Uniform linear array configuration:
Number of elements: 32
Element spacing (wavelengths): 0.75
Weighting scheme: blackman
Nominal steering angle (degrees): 0
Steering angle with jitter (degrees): -1.333
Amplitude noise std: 0.05
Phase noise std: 0.05

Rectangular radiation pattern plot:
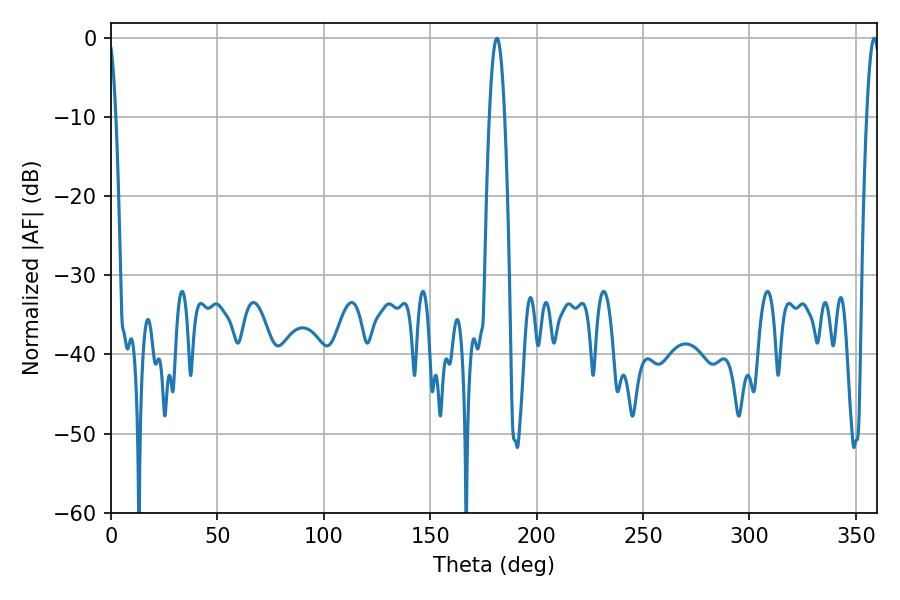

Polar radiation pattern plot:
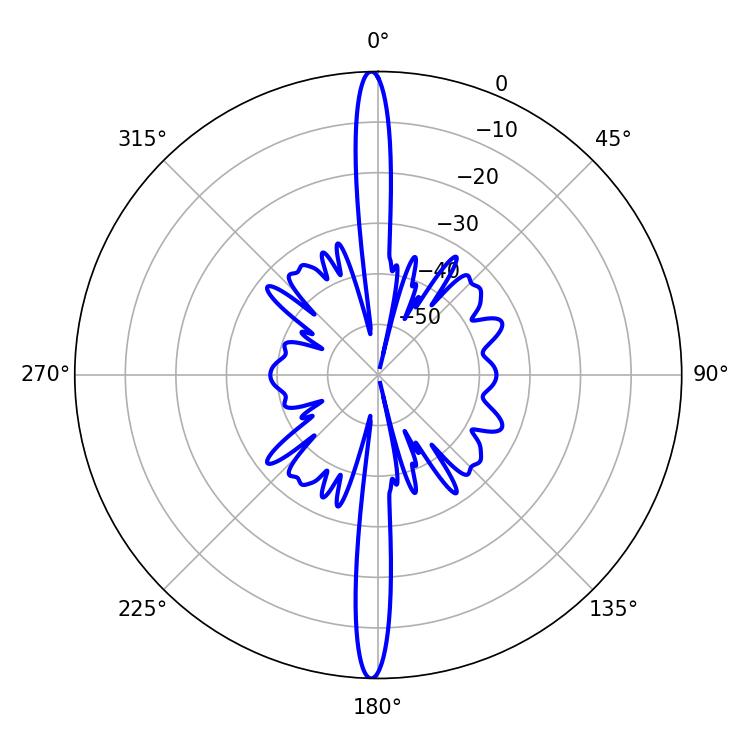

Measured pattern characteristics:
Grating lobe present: TRUE
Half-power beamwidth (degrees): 3.78
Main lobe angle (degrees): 181.26